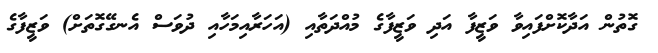
ގޮތުން އަދާކޮށްފައިވާ ވަޒީފާ އަދި ވަޒީފާގެ މުއްދަތާއި (އަހަރާއިމަހާއި ދުވަސް އެނގޭގޮތަށް) ވަޒީފާގެ